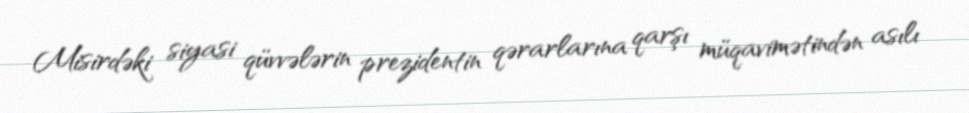
Misirdəki siyasi qüvvələrin prezidentin qərarlarına qarşı müqavimətindən asılı